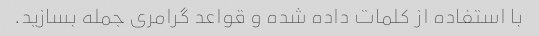
با استفاده از کلمات داده شده و قواعد گرامری جمله بسازید.